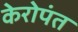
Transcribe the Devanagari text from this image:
केरोपंत